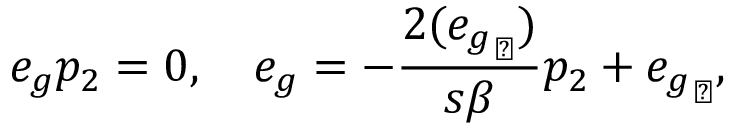
e _ { g } p _ { 2 } = 0 , \ \ \ e _ { g } = - \frac { 2 ( { e _ { g } } _ { \perp } ) } { s \beta } p _ { 2 } + { e _ { g } } _ { \perp } ,